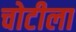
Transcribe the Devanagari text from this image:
चोटीला